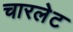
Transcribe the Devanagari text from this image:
चारलेट